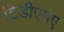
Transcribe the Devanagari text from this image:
टिडीएमए